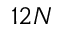
1 2 N